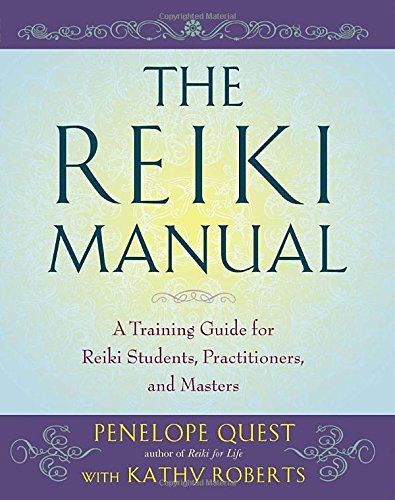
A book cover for The Reiki Manual: A Training Guide for Reiki Students, Practitioners, and Masters; Penelope Quest; Health, Fitness & Dieting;